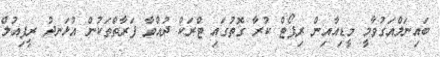
ބައިނަލްއަގުވާމީ މީޑިއާއިން ރިޕޯޓް ކުރާ ގޮތުގައި ޓްރަކް ދުއްވާ ފަރާތްތަކުން އުޅަނދު ރީފިއުލް